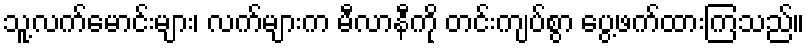
သူ့လက်မောင်းများ၊ လက်များက မီလာနီကို တင်းကျပ်စွာ ပွေ့ဖက်ထားကြသည်။